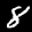
Label: 8